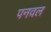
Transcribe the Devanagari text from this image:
पनवल